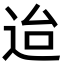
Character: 迨